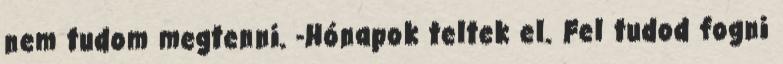
nem tudom megtenni. -Hónapok teltek el. Fel tudod fogni